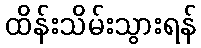
ထိန်းသိမ်းသွားရန်